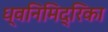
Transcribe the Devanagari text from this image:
ध्वनिमिद्रिका